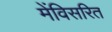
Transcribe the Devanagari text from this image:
मेंविसरित